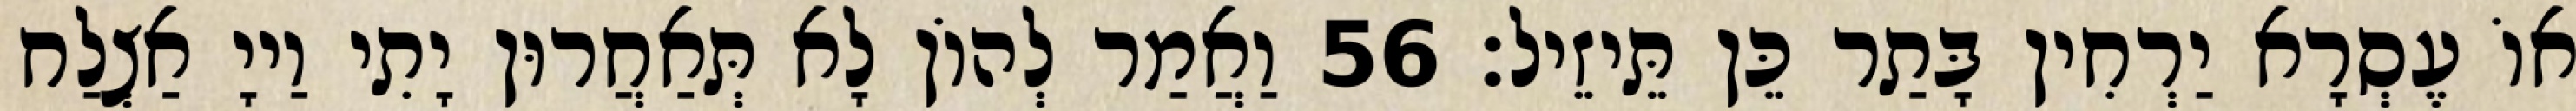
אוֹ עֶסְרָא יַרְחִין בָּתַר כֵּן תֵּיזֵיל׃ 56 וַאֲמַר לְהוֹן לָא תְּאַחֲרוּן יָתִי וַייָ אַצְלַח